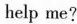
help me?